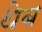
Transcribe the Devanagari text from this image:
थेब